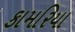
કામરિયા